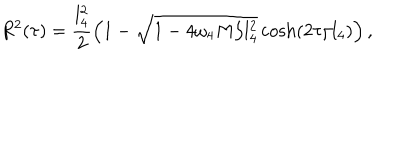
R ^ { 2 } ( \tau ) = \frac { l _ { 4 } ^ { 2 } } { 2 } \left( 1 - \sqrt { 1 - 4 \omega _ { 4 } M / l _ { 4 } ^ { 2 } } \cosh ( 2 \tau / l _ { 4 } ) \right) ,